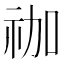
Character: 𮁬